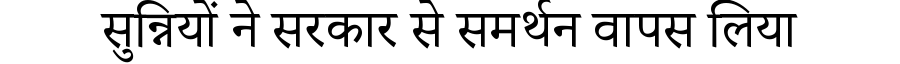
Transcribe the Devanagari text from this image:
सुन्नियों ने सरकार से समर्थन वापस लिया